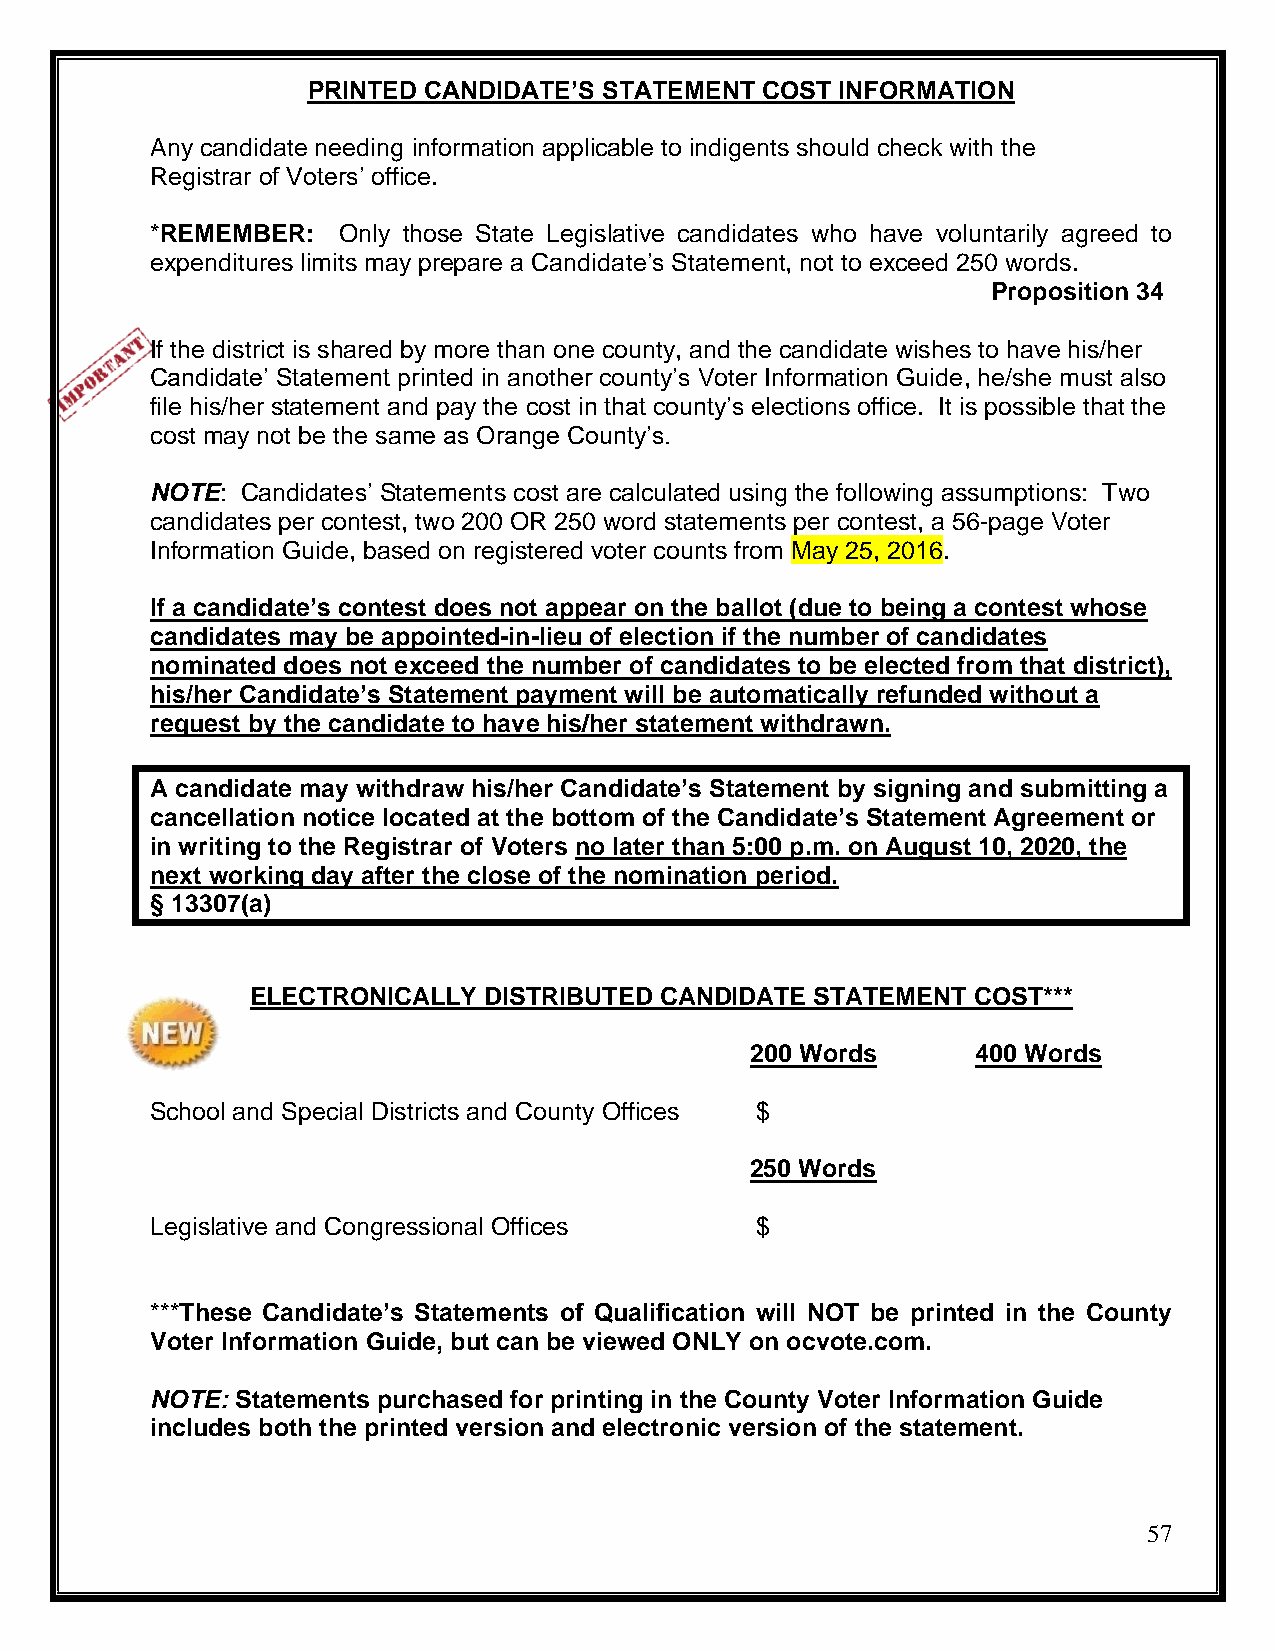
PRINTED CANDIDATE’S STATEMENT COST  INFORMATION
 Any candidate needing information applicable to indigents should check with the
 Registrar of Voters’ office.
 *REMEMBER:  Only those State Legislative candidates who have voluntarily agreed to
 expenditures limits may prepare a Candidate’s Statement, not to exceed 250 words.
 Proposition 34
 If the district is shared by more than one county, and the candidate wishes to have his/her
 Candidate’ Statement printed in another county’s Voter Information Guide, he/she must also
 file his/her statement and pay the cost in that county’s elections office. It is possible that the
 cost may not be the same as Orange County’s.
 NOTE: Candidates’ Statements cost are calculated using the following assumptions: Two
 candidates per contest, two 200 OR 250 word statements per contest, a 56-page Voter
 Information Guide, based on registered voter counts from May 25, 2016.
 If a candidate’s contest does not appear on the ballot (due to being a contest whose
 candidates may be appointed-in-lieu of election if the number of candidates
 nominated does not exceed the number of candidates to be elected from that district),
 his/her Candidate’s Statement payment will be automatically refunded without a
 request by the candidate to have his/her statement withdrawn.
 A candidate may withdraw his/her Candidate’s Statement by signing and submitting a
 cancellation notice located at the bottom of the Candidate’s Statement Agreement or
 in writing to the Registrar of Voters no later than 5:00 p.m. on August 10, 2020, the
 next working day after the close of the nomination period.
 § 13307(a)
 ELECTRONICALLY DISTRIBUTED CANDIDATE STATEMENT COST***
 200 Words      400 Words
 School and Special Districts and County Offices $
 250 Words
 Legislative and Congressional Offices   $
 ***These Candidate’s Statements of Qualification will NOT be printed in the County
 Voter Information Guide, but can be viewed ONLY on ocvote.com.
 NOTE: Statements purchased for printing in the County Voter Information Guide
 includes both the printed version and electronic version of the statement.
 57